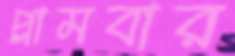
প্লামবার